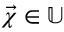
\vec { \chi } \in \mathbb { U }